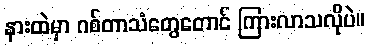
နားထဲမှာ ဂစ်တာသံတွေတောင် ကြားလာသလိုပဲ။